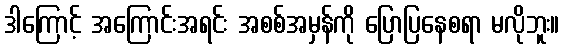
ဒါကြောင့် အကြောင်းအရင်း အစစ်အမှန်ကို ပြောပြနေစရာ မလိုဘူး။